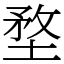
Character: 堥